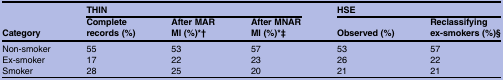
<table><thead><tr><td rowspan="2"><b>Category</b></td><td colspan="3"><b>THIN</b></td><td colspan="2"><b>HSE</b></td></tr><tr><td><b>Complete records (%)</b></td><td><b>After MAR MI (%)*†</b></td><td><b>After MNAR MI (%)*‡</b></td><td><b>Observed (%)</b></td><td><b>Reclassifying ex-smokers (%)§</b></td></tr></thead><tbody><tr><td>Non-smoker</td><td>55</td><td>53</td><td>57</td><td>53</td><td>57</td></tr><tr><td>Ex-smoker</td><td>17</td><td>22</td><td>23</td><td>26</td><td>22</td></tr><tr><td>Smoker</td><td>28</td><td>25</td><td>20</td><td>21</td><td>21</td></tr></tbody></table>